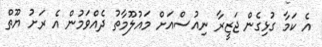
އެ ކަމާ ގުޅިގެން ޖަޒީރާ ނިއުސްއަށް މައުލޫމާތު ދެއްވަމުން އެ ރަށު ޔޫތް